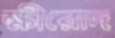
ক্ষীরোদ